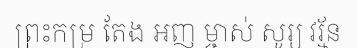
ព្រះកម្រ តែង អញ ម្ចាស់ សូរ្យ វរ្ម័ន